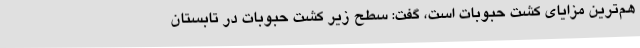
هم‌ترین مزایای کشت حبوبات است، گفت: سطح زیر کشت حبوبات در تابستان